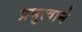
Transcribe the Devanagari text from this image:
प्रभुत्वाने